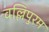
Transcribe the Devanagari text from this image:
वल्लिपुरम